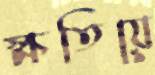
ক্ষতিয়ে